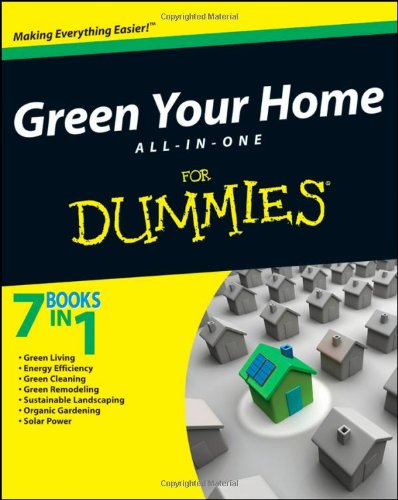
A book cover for Green Your Home All in One For Dummies; Yvonne Jeffery; Crafts, Hobbies & Home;